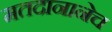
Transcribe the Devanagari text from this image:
मतदानानेच